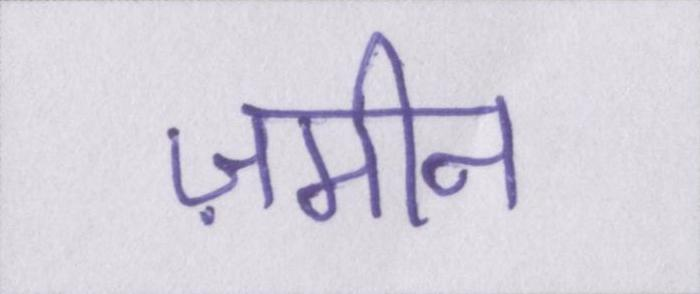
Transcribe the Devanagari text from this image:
ज़मीन